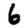
Digit: 6